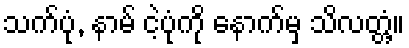
သက်ပုံ, နာမ် ငဲ့ပုံကို နောက်မှ သိလတ္တံ့။